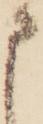
申